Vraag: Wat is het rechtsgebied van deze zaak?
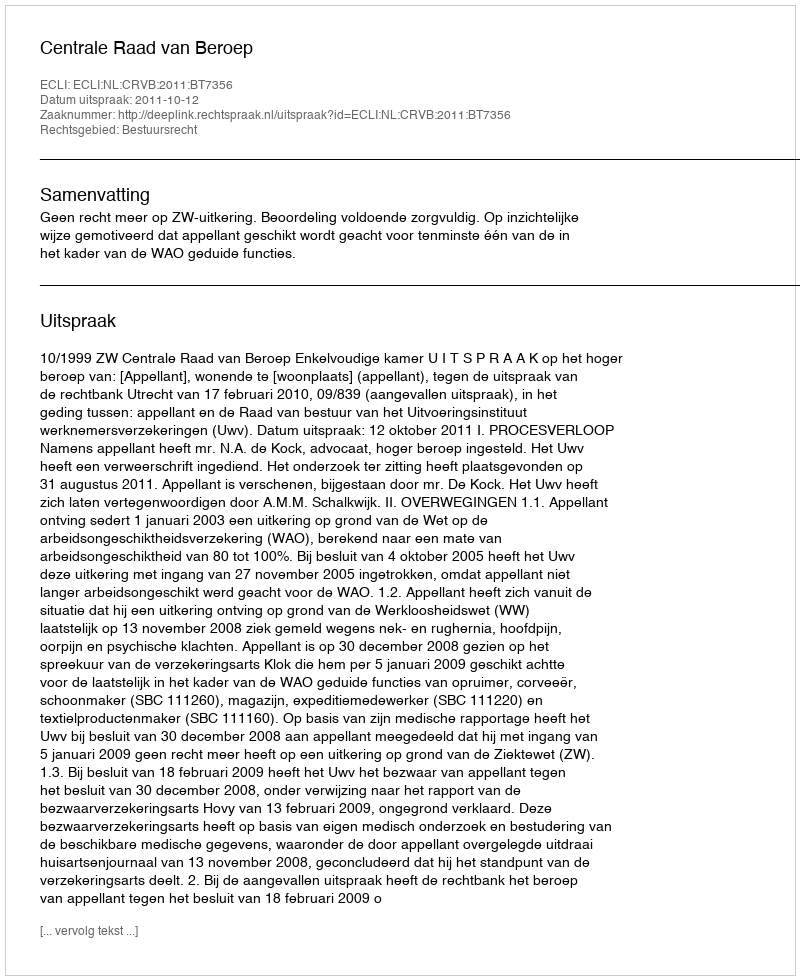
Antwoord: Bestuursrecht